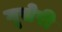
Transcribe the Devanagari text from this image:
गूसेरी